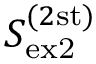
S _ { \mathrm { e x 2 } } ^ { ( 2 \mathrm { s t ) } }